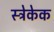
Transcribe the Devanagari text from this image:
स्ट्रेकेक